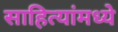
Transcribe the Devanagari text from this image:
साहित्यांमध्ये